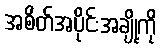
အစိတ်အပိုင်းအချို့ကို